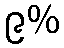
၉%